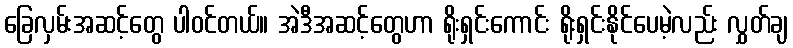
ခြေလှမ်းအဆင့်တွေ ပါဝင်တယ်။ အဲဒီအဆင့်တွေဟာ ရိုးရှင်းကောင်း ရိုးရှင်းနိုင်ပေမဲ့လည်း လွှတ်ချ